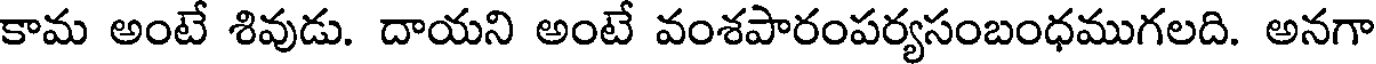
కామ అంటే శివుడు. దాయని అంటే వంశపారంపర్యసంబంధముగలది. అనగా